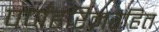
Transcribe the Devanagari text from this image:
पर्णहरिमरहित